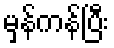
မှန်ကန်ပြီး